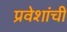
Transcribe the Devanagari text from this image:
प्रवेशांची